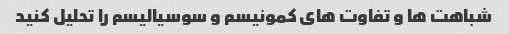
شباهت ها و تفاوت های کمونیسم و سوسیالیسم را تحلیل کنید